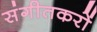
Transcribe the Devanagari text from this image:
संगीतकरों